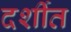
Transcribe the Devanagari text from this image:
दर्शीत